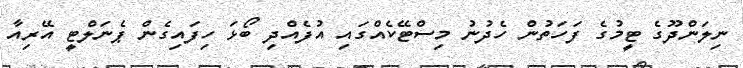
ނިލަންދޫގެ ޓީމުގެ ފަހަތުން ހެދުނު މިސްޓޭކެއްގައި އުފެއްދި ބޯޅަ ހިފައިގެން ޕެނަލްޓީ އޭރިއާ